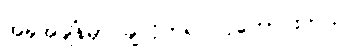
အခုအချိန်မှာ ချလိုက်ရင် ပိုကောင်းတယ်။